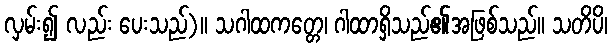
လှမ်း၍ လည်း ပေးသည်)။ သဂါထကတ္တေ၊ ဂါထာရှိသည်၏အဖြစ်သည်။ သတိပိ၊